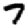
Digit: 7